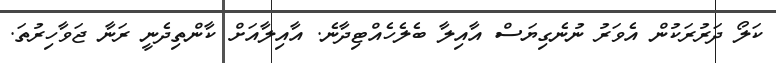
ކަލޯ ދަރުރަކުން އެވަރު ނުނެގިޔަސް އާއިލާ ބެލެހެއްޓިދާނެ. އާއިލާއަށް ކާންތިދެނީ ރަނާ ޖަވާހިރުތަ.